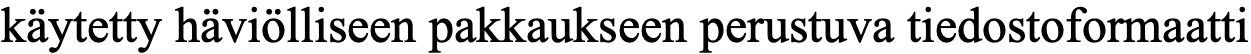
käytetty häviölliseen pakkaukseen perustuva tiedostoformaatti